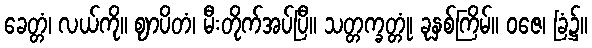
ခေတ္တံ၊ လယ်ကို။ ဈာပိတံ၊ မီးတိုက်အပ်ပြီ။ သတ္တက္ခတ္တုံ၊ ခုနှစ်ကြိမ်။ ဝဇေ၊ ခြံ၌။